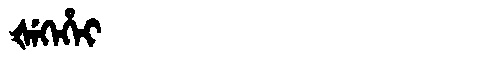
Manchu: ᡧᡝᡴᡝᡥᡝᡳ
Romanization: ŠEKEHEI